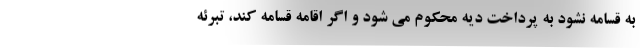
به قسامه نشود به پرداخت دیه محکوم می شود و اگر اقامه قسامه کند، تبرئه